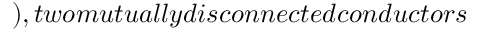
) , t w o m u t u a l l y d i s c o n n e c t e d c o n d u c t o r s